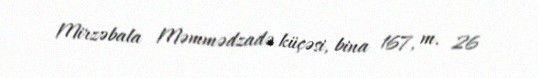
Mirzəbala Məmmədzadə küçəsi, bina 167, m. 26